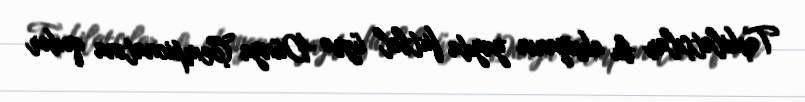
Təşkilatçılar bu aksiyanın yayda futbol üzrə Dünya Çempionatına qədər